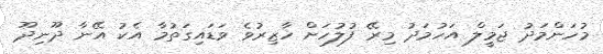
މުހަންމަދު ޖަމީލް އަހުމަދު މިރޭ ފުލުހަށް ހާޒިރުވެ ވަޑައިގަތުމާ އެކު އޭނާ ދޫނިދޫ